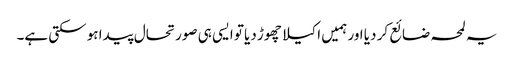
یہ لمحہ ضائع کر دیا اور ہمیں اکیلا چھوڑ دیا تو ایسی ہی صورتحال پیدا ہو سکتی ہے۔